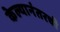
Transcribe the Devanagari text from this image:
केल्यानंतरची